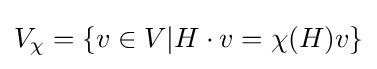
V_{\chi }=\{v\in V|H\cdot v=\chi (H)v\}